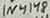
Text: 1N4148